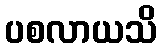
ပစလာယသိ